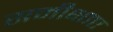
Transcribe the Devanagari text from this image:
समीक्षाए